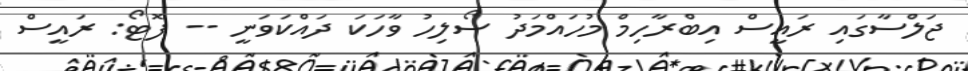
ޖަލްސާގައި ރައީސް އިބްރާހިމް މުހައްމަދު ސޯލިހު ވާހަކަ ދައްކަވަނީ -- ފޮޓޯ: ރައީސް